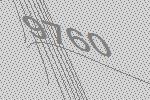
9760